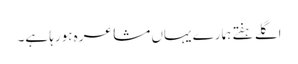
اگلے ہفتے ہمارے یہاں مشاعرہ ہورہا ہے۔